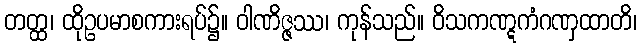
တတ္ထ၊ ထိုဥပမာစကားရပ်၌။ ဝါဏိဇ္ဇဿ၊ ကုန်သည်။ ဝိသကဏ္ဋကံဂဏှထာတိ၊